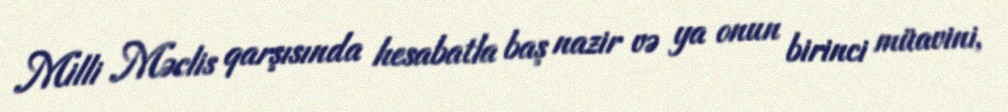
Milli Məclis qarşısında hesabatla baş nazir və ya onun birinci müavini,